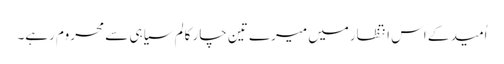
اُمید کے اس انتظارمیں میرے تین چار کالم سیاہی سے محروم رہے۔